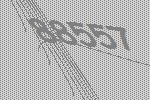
88557